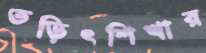
তড়িৎশিখার